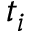
t _ { i }